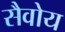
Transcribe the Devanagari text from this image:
सैवोय